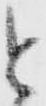
と